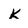
Character: k